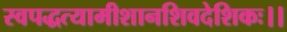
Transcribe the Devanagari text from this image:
स्वपद्धत्यामीशानशिवदेशिकः।।